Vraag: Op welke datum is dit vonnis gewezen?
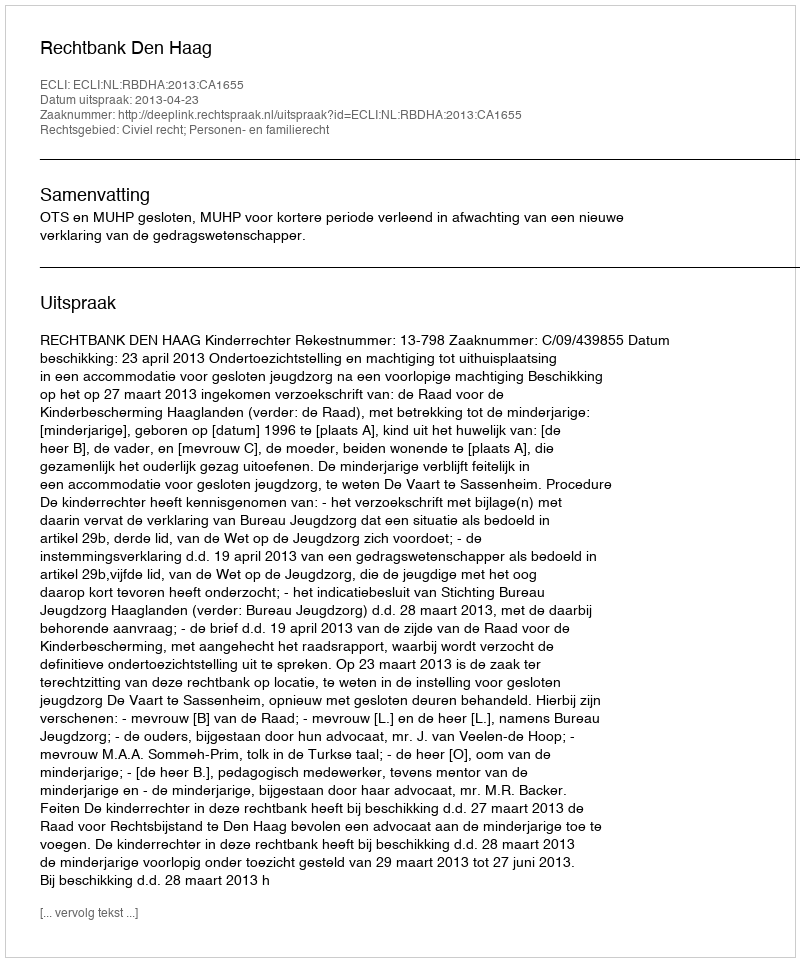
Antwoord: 2013-04-23